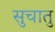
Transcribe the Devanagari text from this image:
सुचातु